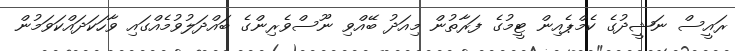
ރައީސް ނަޝީދުގެ ކެމްޕެއިން ޓީމުގެ ފަރާތުން މިއަދު ބޭއްވި ނޫސްވެރިންގެ ބައްދަލުވުމެއްގައި ވާހަކަދައްކަވަމުން